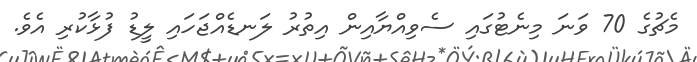
މެޗުގެ 70 ވަނަ މިނެޓުގައި ސެވިއްޔާއިން އިތުރު ލަނޑެއްޖަހައި ލީޑު ފުޅާކުރި އެވެ.